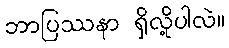
ဘာပြဿနာ ရှိလို့ပါလဲ။